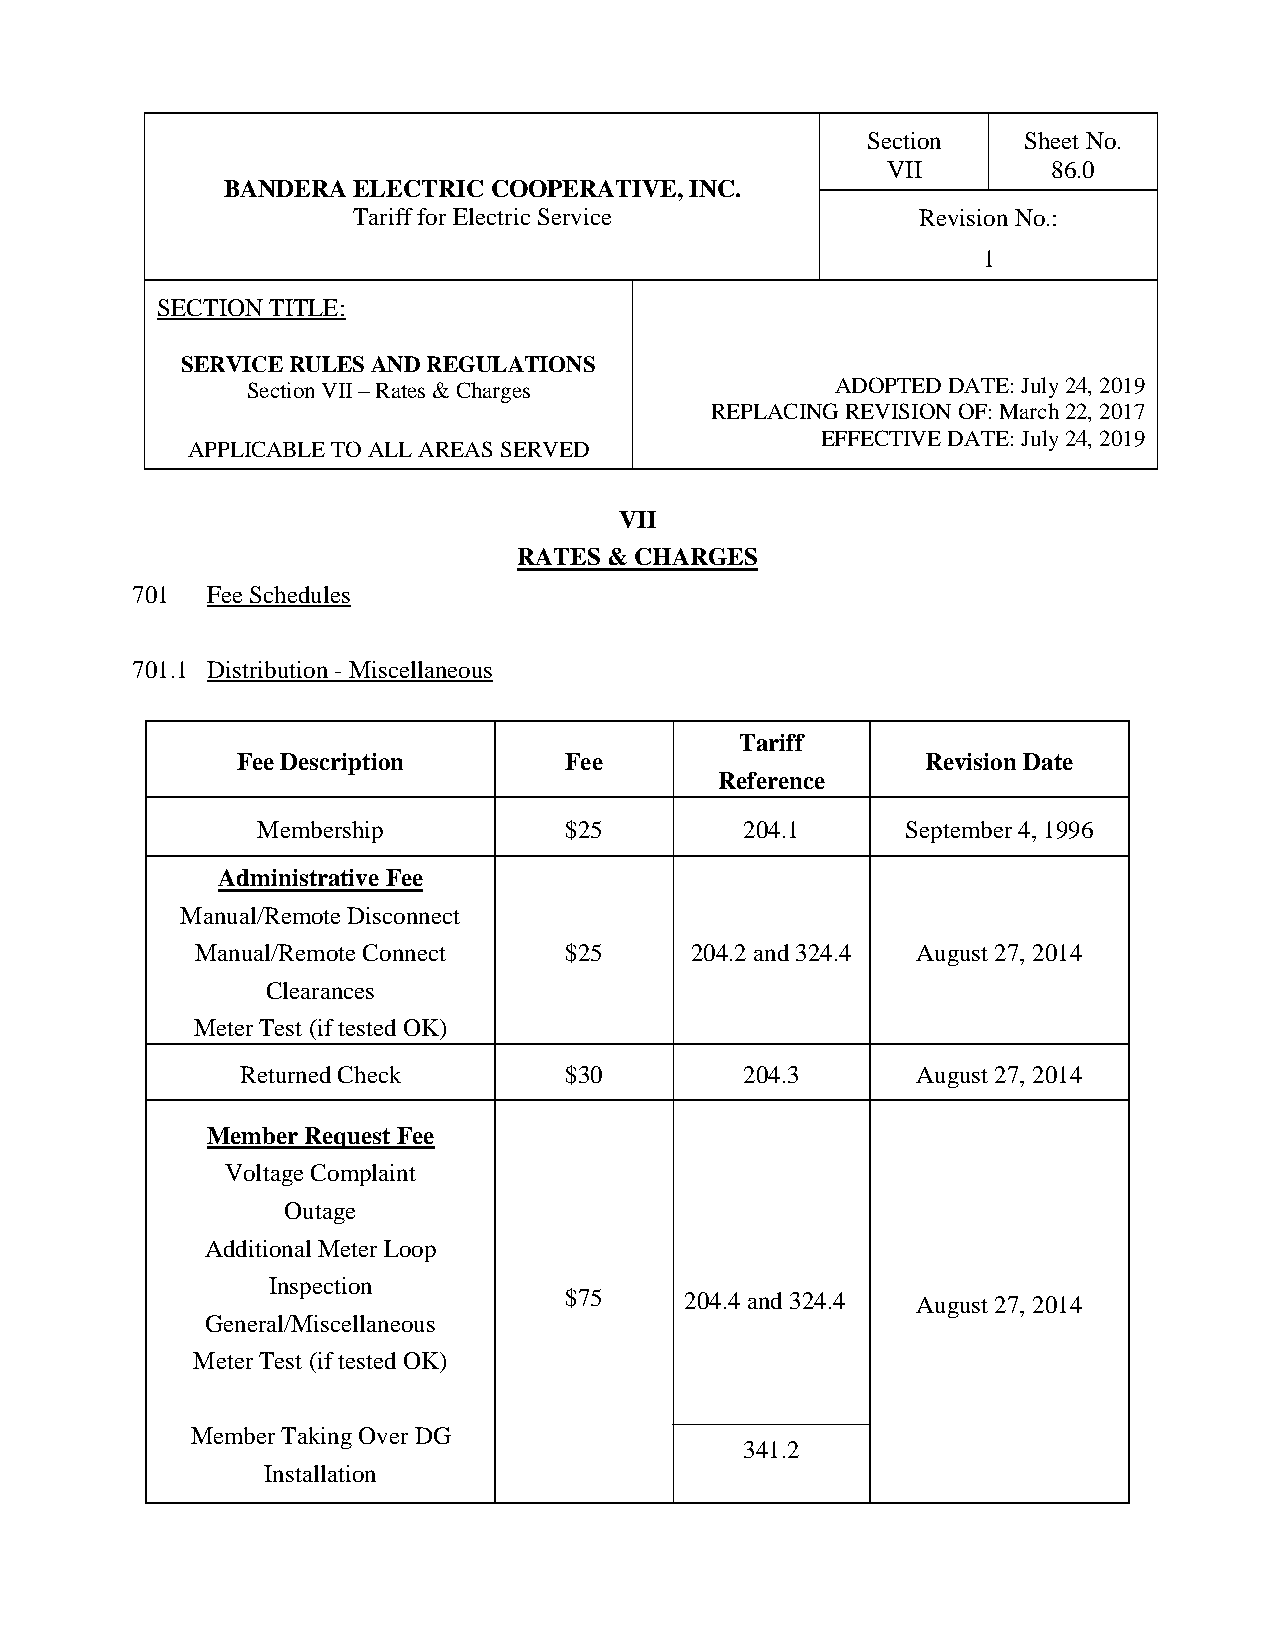
Section    Sheet No.
 VII        86.0
 BANDERA ELECTRIC COOPERATIVE,  INC.
 Tariff for Electric Service           Revision No.:
 1
 SECTION TITLE:
 SERVICE RULES AND REGULATIONS
 Section VII – Rates & Charges          ADOPTED DATE: July 24, 2019
 REPLACING REVISION OF: March 22, 2017
 EFFECTIVE DATE: July 24, 2019
 APPLICABLE TO ALL AREAS SERVED
 VII
 RATES & CHARGES
 701  Fee Schedules
 701.1 Distribution - Miscellaneous
 Tariff
 Fee Description      Fee                     Revision Date
 Reference
 Membership          $25         204.1      September 4, 1996
 Administrative Fee
 Manual/Remote Disconnect
 Manual/Remote Connect   $25      204.2 and 324.4 August 27, 2014
 Clearances
 Meter Test (if tested OK)
 Returned Check       $30         204.3       August 27, 2014
 Member Request Fee
 Voltage Complaint
 Outage
 Additional Meter Loop
 Inspection
 $75     204.4 and 324.4 August 27, 2014
 General/Miscellaneous
 Meter Test (if tested OK)
 Member Taking Over DG
 341.2
 Installation